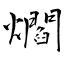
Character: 爓